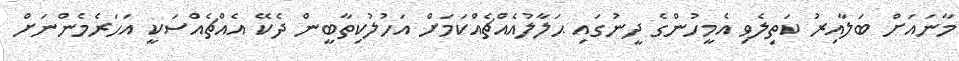
މާނައަށް ބަލާއިރު ކަތިލެވި އެމީހުންގެ ދީނުގައި ޙަލާލުއެއްޗެއްކަމަށް އަހުލުކިތާބީން ދެކޭ އެއްޗެއްސަކީ އަހަރެމެންނަށް